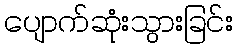
ပျောက်ဆုံးသွားခြင်း